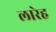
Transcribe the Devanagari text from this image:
लारेह